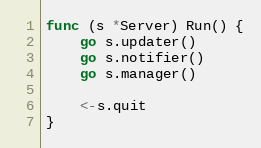
Language: Go
func (s *Server) Run() {
	go s.updater()
	go s.notifier()
	go s.manager()

	<-s.quit
}